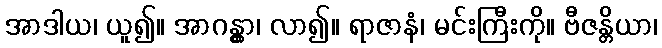
အာဒါယ၊ ယူ၍။ အာဂန္တွာ၊ လာ၍။ ရာဇာနံ၊ မင်းကြီးကို။ ဗီဇန္တိယာ၊